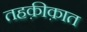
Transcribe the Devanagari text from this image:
तहक़ीक़ात